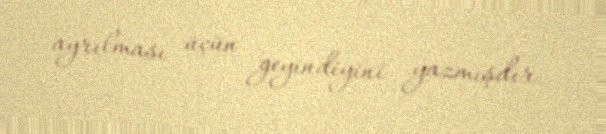
ayrılması üçün geyindiyini yazmışdır.